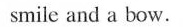
smile and a bow.